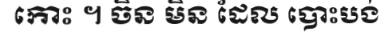
កោះ ។ ចិន មិន ដែល បោះបង់